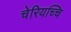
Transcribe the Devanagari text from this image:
चेरियच्चि